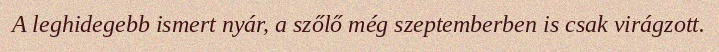
A leghidegebb ismert nyár, a szőlő még szeptemberben is csak virágzott.